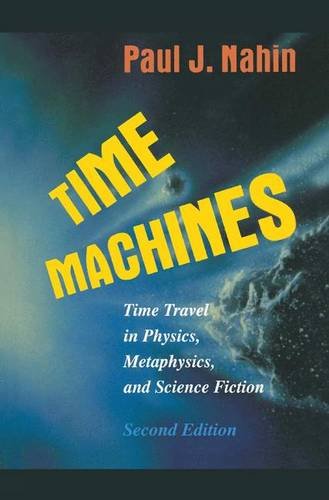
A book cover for Time Machines: Time Travel in Physics, Metaphysics, and Science Fiction; Paul J. Nahin; Science Fiction & Fantasy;